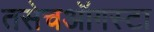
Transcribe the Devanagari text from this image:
तसेचऑगस्टा